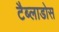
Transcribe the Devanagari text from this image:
टैब्लाडोस